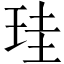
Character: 珪